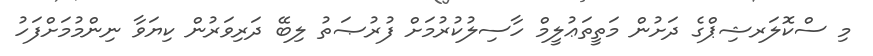
މި ސްކޮލަރޝިޕްގެ ދަށުން މަތީތަޢުލީމް ހާސިލުކުރުމަށް ފުރުޞަތު ލިބޭ ދަރިވަރުން ކިޔަވާ ނިންމުމަށްފަހު